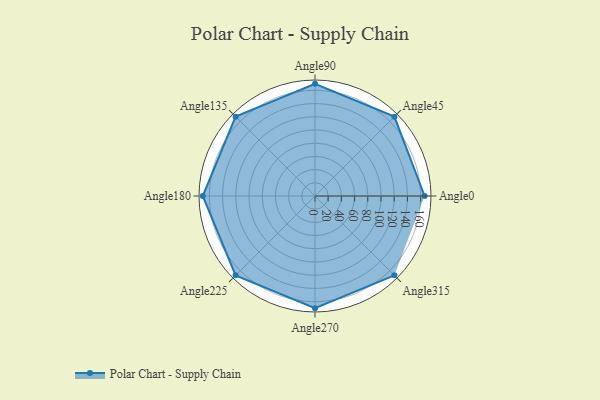
{"axis": {"x": "Angle", "y": "Radius"}, "legend": [""], "data": [{"x": "Angle0", "y": 166.0, "type": ""}, {"x": "Angle45", "y": 170, "type": ""}, {"x": "Angle90", "y": 170, "type": ""}, {"x": "Angle135", "y": 170, "type": ""}, {"x": "Angle180", "y": 170, "type": ""}, {"x": "Angle225", "y": 170, "type": ""}, {"x": "Angle270", "y": 170, "type": ""}, {"x": "Angle315", "y": 170, "type": ""}]}